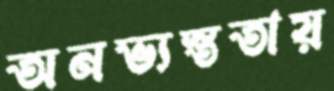
অনভ্যস্ততায়